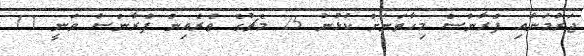
ޖަރުމަނާއި ފްރާންސް މިހާތަނަށް ކުޅުނު 25 މެޗުގެ ތެރެއިން ފްރާންސް ވަނީ 11